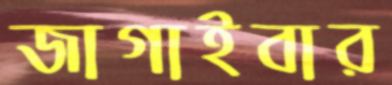
জাগাইবার